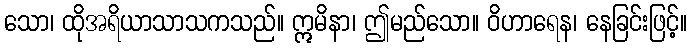
သော၊ ထိုအရိယာသာသကသည်။ ဣမိနာ၊ ဤမည်သော။ ဝိဟာရေန၊ နေခြင်းဖြင့်။